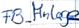
Text: FB_Anlage